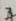
Text: 7